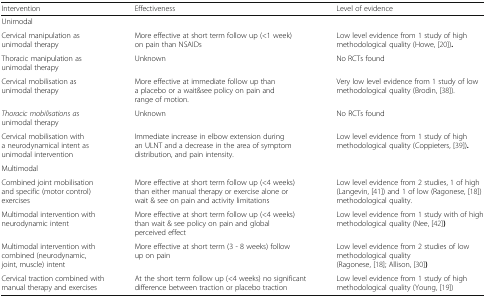
<table><thead><tr><td><b>Intervention</b></td><td><b>Effectiveness</b></td><td><b>Level of evidence</b></td></tr></thead><tbody><tr><td colspan="3">Unimodal</td></tr><tr><td>Cervical manipulation as unimodal therapy</td><td>More effective at short term follow up (&lt;1 week) on pain than NSAIDs</td><td>Low level evidence from 1 study of high methodological quality (Howe, [20])<b>.</b></td></tr><tr><td>Thoracic manipulation as unimodal therapy</td><td>Unknown</td><td>No RCTs found</td></tr><tr><td>Cervical mobilisation as unimodal therapy</td><td>More effective at immediate follow up than a placebo or a wait&amp;see policy on pain and range of motion.</td><td>Very low level evidence from 1 study of low methodological quality (Brodin, [38]).</td></tr><tr><td><i>Thoracic mobilisations as</i> unimodal therapy</td><td>Unknown</td><td>No RCTs found</td></tr><tr><td>Cervical mobilisation with a neurodynamical intent as unimodal intervention</td><td>Immediate increase in elbow extension during an ULNT and a decrease in the area of symptom distribution, and pain intensity.</td><td>Low level evidence from 1 study of high methodological quality (Coppieters, [39])<b>.</b></td></tr><tr><td colspan="3">Multimodal</td></tr><tr><td>Combined joint mobilisation and specific (motor control) exercises</td><td>More effective at short term follow up (&lt;4 weeks) than either manual therapy or exercise alone or wait &amp; see on pain and activity limitations</td><td>Low level evidence from 2 studies, 1 of high (Langevin, [41]) and 1 of low (Ragonese, [18]) methodological quality.</td></tr><tr><td>Multimodal intervention with neurodynamic intent</td><td>More effective at short term follow up (&lt;4 weeks) than wait &amp; see policy on pain and global perceived effect</td><td>Low level evidence from 1 study with of high methodological quality (Nee, [42]<b>)</b></td></tr><tr><td>Multimodal intervention with combined (neurodynamic, joint, muscle) intent</td><td>More effective at short term (3 - 8 weeks) follow up on pain</td><td>Low level evidence from 2 studies of low methodological quality (Ragonese, [18]; Allison, [30]<b>)</b></td></tr><tr><td>Cervical traction combined with manual therapy and exercises</td><td>At the short term follow up (&lt;4 weeks) no significant difference between traction or placebo traction</td><td>Low level evidence from 1 study of high methodological quality (Young, [19])</td></tr></tbody></table>